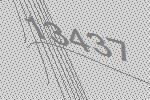
13437